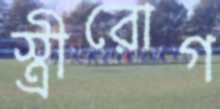
স্ত্রীরোগ